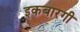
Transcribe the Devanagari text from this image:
इकबारगी